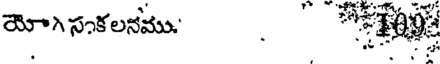
యోసకలనము